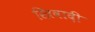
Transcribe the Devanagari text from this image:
स्त्रिवादी